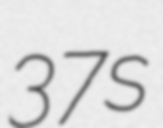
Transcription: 37s